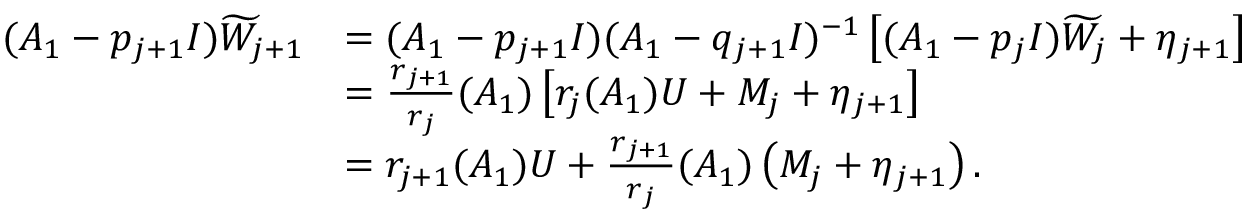
\begin{array} { r l } { ( A _ { 1 } - p _ { j + 1 } I ) \widetilde W _ { j + 1 } } & { = ( A _ { 1 } - p _ { j + 1 } I ) ( A _ { 1 } - q _ { j + 1 } I ) ^ { - 1 } \left[ ( A _ { 1 } - p _ { j } I ) \widetilde W _ { j } + \eta _ { j + 1 } \right] } \\ & { = \frac { r _ { j + 1 } } { r _ { j } } ( A _ { 1 } ) \left[ r _ { j } ( A _ { 1 } ) U + M _ { j } + \eta _ { j + 1 } \right] } \\ & { = r _ { j + 1 } ( A _ { 1 } ) U + \frac { r _ { j + 1 } } { r _ { j } } ( A _ { 1 } ) \left( M _ { j } + \eta _ { j + 1 } \right) . } \end{array}